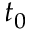
t _ { 0 }